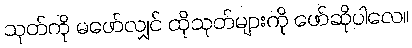
သုတ်ကို မဖော်လျှင် ထိုသုတ်များကို ဖော်ဆိုပါလေ။